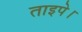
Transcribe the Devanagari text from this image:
ताइपे।